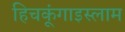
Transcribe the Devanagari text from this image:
हिचकूंगाइस्लाम